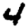
Digit: 4